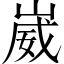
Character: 崴